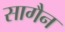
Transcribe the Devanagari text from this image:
सागैन